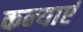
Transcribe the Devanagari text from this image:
कन्‍याएं